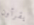
يقرأون